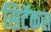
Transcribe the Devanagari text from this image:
सिटॅकस